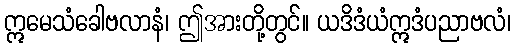
ဣမေသံခေါဗလာနံ၊ ဤအားတို့တွင်။ ယဒိဒံယံဣဒံပညာဗလံ၊